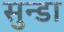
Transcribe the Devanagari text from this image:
सुन्डा